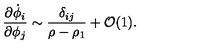
{ \frac { \partial \dot { \phi } _ { i } } { \partial \phi _ { j } } } \sim { \frac { \delta _ { i j } } { \rho - \rho _ { 1 } } } + { \cal { O } } ( 1 ) .